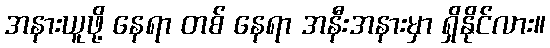
အနားယူဖို့ နေရာ တစ် နေရာ အနီးအနားမှာ ရှိနိုင်လား။